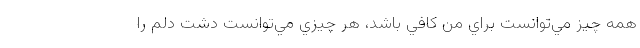
همه‌ چيز مي‌توانست براي من كافي باشد، هر چيزي مي‌توانست دشت دلم را